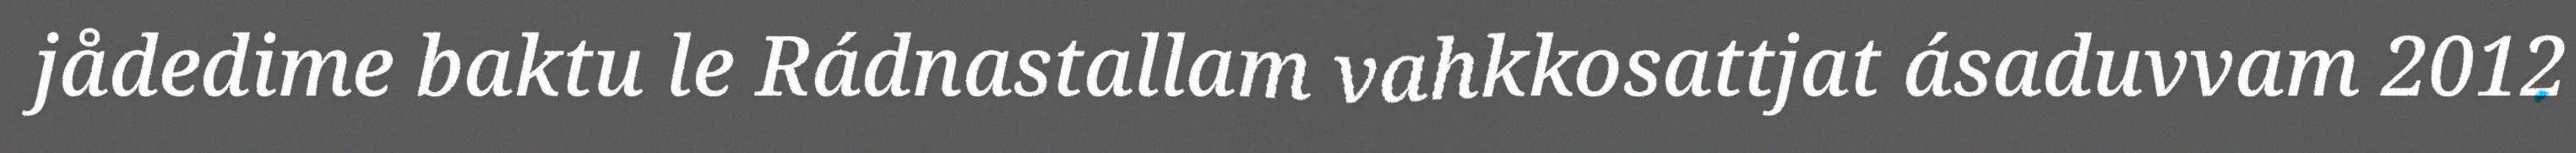
jådedime baktu le Rádnastallam vahkkosattjat ásaduvvam 2012